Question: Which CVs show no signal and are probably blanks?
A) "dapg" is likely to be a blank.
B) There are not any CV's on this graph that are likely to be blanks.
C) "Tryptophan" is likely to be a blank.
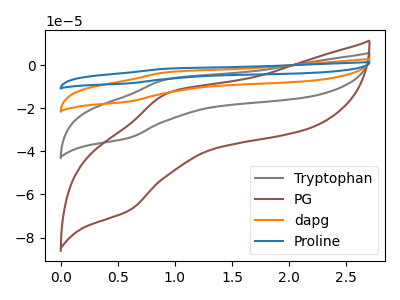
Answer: <think>The gray curve "Tryptophan" has an anodic peak at (0.95V, -6.45uA) and a cathodic peak at (0.60V, -33.80uA). The brown curve "PG" has an anodic peak at (0.95V, -12.85uA) and a cathodic peak at (0.60V, -67.50uA). The orange curve "dapg" has an anodic peak at (0.95V, -12.85uA) and a cathodic peak at (0.60V, -67.55uA). The blue curve "Proline" has an anodic peak at (0.95V, -19.30uA) and a cathodic peak at (0.60V, -101.35uA).</think>
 <answer>B) There are not any CV's on this graph that are likely to be blanks.</answer>
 <eval>B</eval>